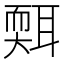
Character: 𦖩